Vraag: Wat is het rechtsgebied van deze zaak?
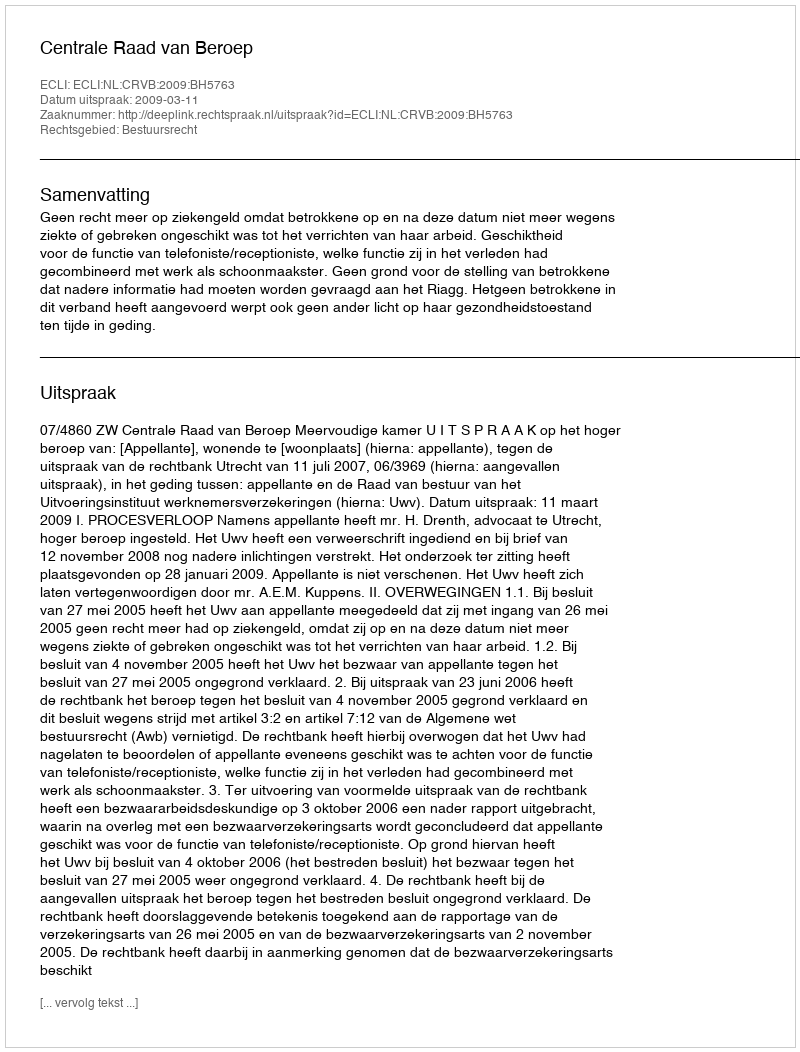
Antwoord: Bestuursrecht